Sanitation, dispensaries and jails vaccination Rajputana 1922-1927 - 1922-1927
Year: 1922
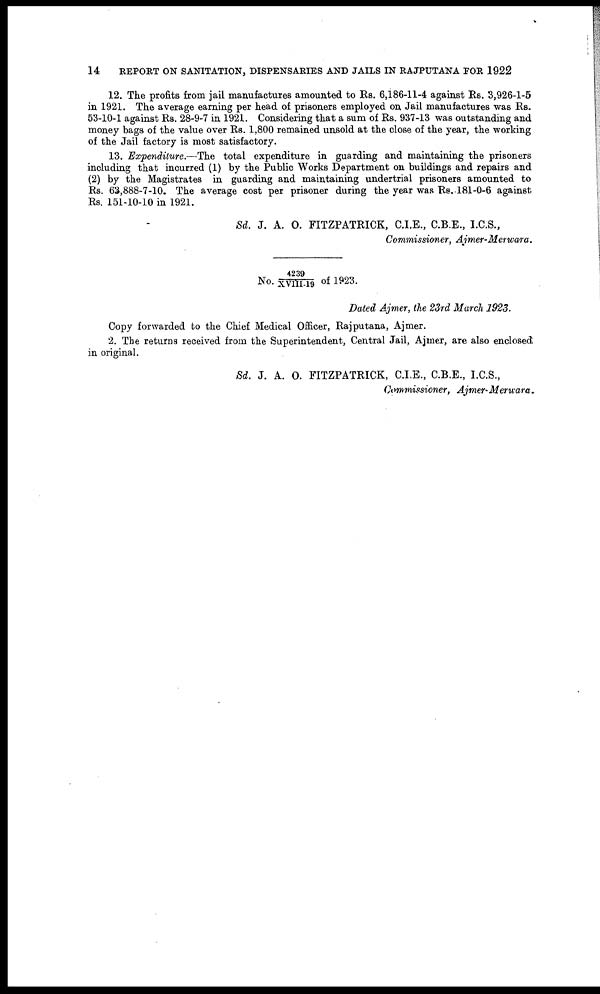
14
REPORT ON SANITATION, DISPENSARIES AND JAILS IN RAJPUTANA FOR 1922
12. The profits from jail manufactures amounted to Rs. 6,186-11-4 against Rs. 3,926-1-5
in 1921. The average earning per head of prisoners employed on Jail manufactures was Rs.
53-10-1 against Rs. 28-9-7 in 1921. Considering that a sum of Rs. 937-13 was outstanding and
money bags of the value over Rs. 1,800 remained unsold at the close of the year, the working
of the Jail factory is most satisfactory.
13. Expenditure.—The total expenditure in guarding and maintaining the prisoners
including that incurred (1) by the Public Works Department on buildings and repairs and
(2) by the Magistrates in guarding and maintaining undertrial prisoners amounted to
Rs. 63,888-7-10. The average cost per prisoner during the year was Re. 181-0-6 against
Rs. 151-10-10 in 1921.
Sd. J. A. O. FITZPATRICK, C.I.E., C.B.E., I.C.S.,
Commissioner, Ajmer-Merwara.
No. 4239/XVIII-19 of 1923.
Dated Ajmer, the 23rd March 1923.
Copy forwarded to the Chief Medical Officer, Rajputana, Ajmer.
2. The returns received from the Superintendent, Central Jail, Ajmer, are also enclosed
in original.
Sd. J. A. O. FITZPATRICK, C.I.E., C.B.E., I.C.S.,
Commissioner, Ajmer-Merwara.